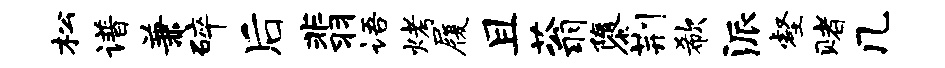
松谱兼碎后翡语烤履且蓊隳荆欷派壑赌几